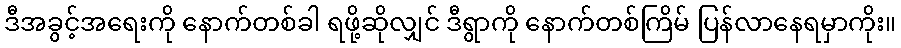
ဒီအခွင့်အရေးကို နောက်တစ်ခါ ရဖို့ဆိုလျှင် ဒီရွာကို နောက်တစ်ကြိမ် ပြန်လာနေရမှာကိုး။